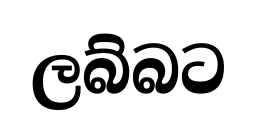
ලබ්බට